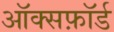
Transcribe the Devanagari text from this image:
ऑक्सफ़ॉर्ड